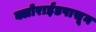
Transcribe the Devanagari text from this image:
क्लोराईडपासून